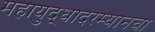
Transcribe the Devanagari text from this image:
महायुद्धादरम्यानचा